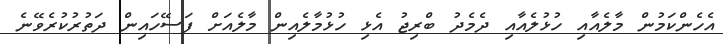
އެހެންކަމުން މާލެއާއި ހުޅުލެއާއި ދެމެދު ބްރިޖު އެޅި ހުޅުމާލެއިން މާލެއަށް ފަސޭހައިން ދަތުރުކުރެވޭނެ